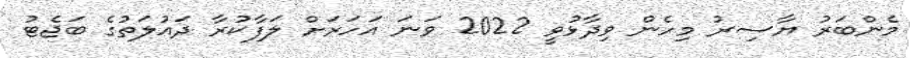
މެންބަރު ޔާސިރު މިހެން ވިދާޅުވީ 2022 ވަނަ އަހަރަށް ލަފާކުރާ ދައުލަތުގެ ބަޖެޓު